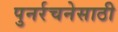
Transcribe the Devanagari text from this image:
पुनर्रचनेसाठी